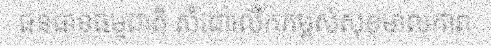
ធនធានធម្មជាតិ សំដៅលើកកម្ពស់សុខមាលភាព